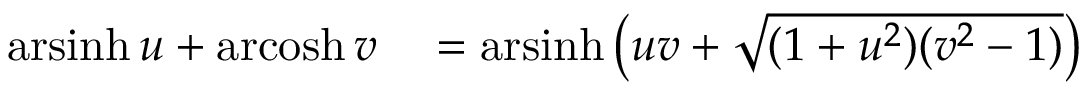
\begin{array} { r l } { \operatorname { a r s i n h } u + \operatorname { a r c o s h } v } & { { } = \operatorname { a r s i n h } \left( u v + { \sqrt { ( 1 + u ^ { 2 } ) ( v ^ { 2 } - 1 ) } } \right) } \end{array}